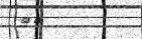
٨٢